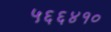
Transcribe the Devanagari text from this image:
५६६४१०